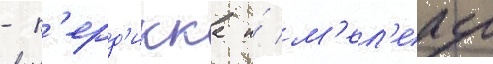
- п'ерд'икка и́ м'ел'еагр